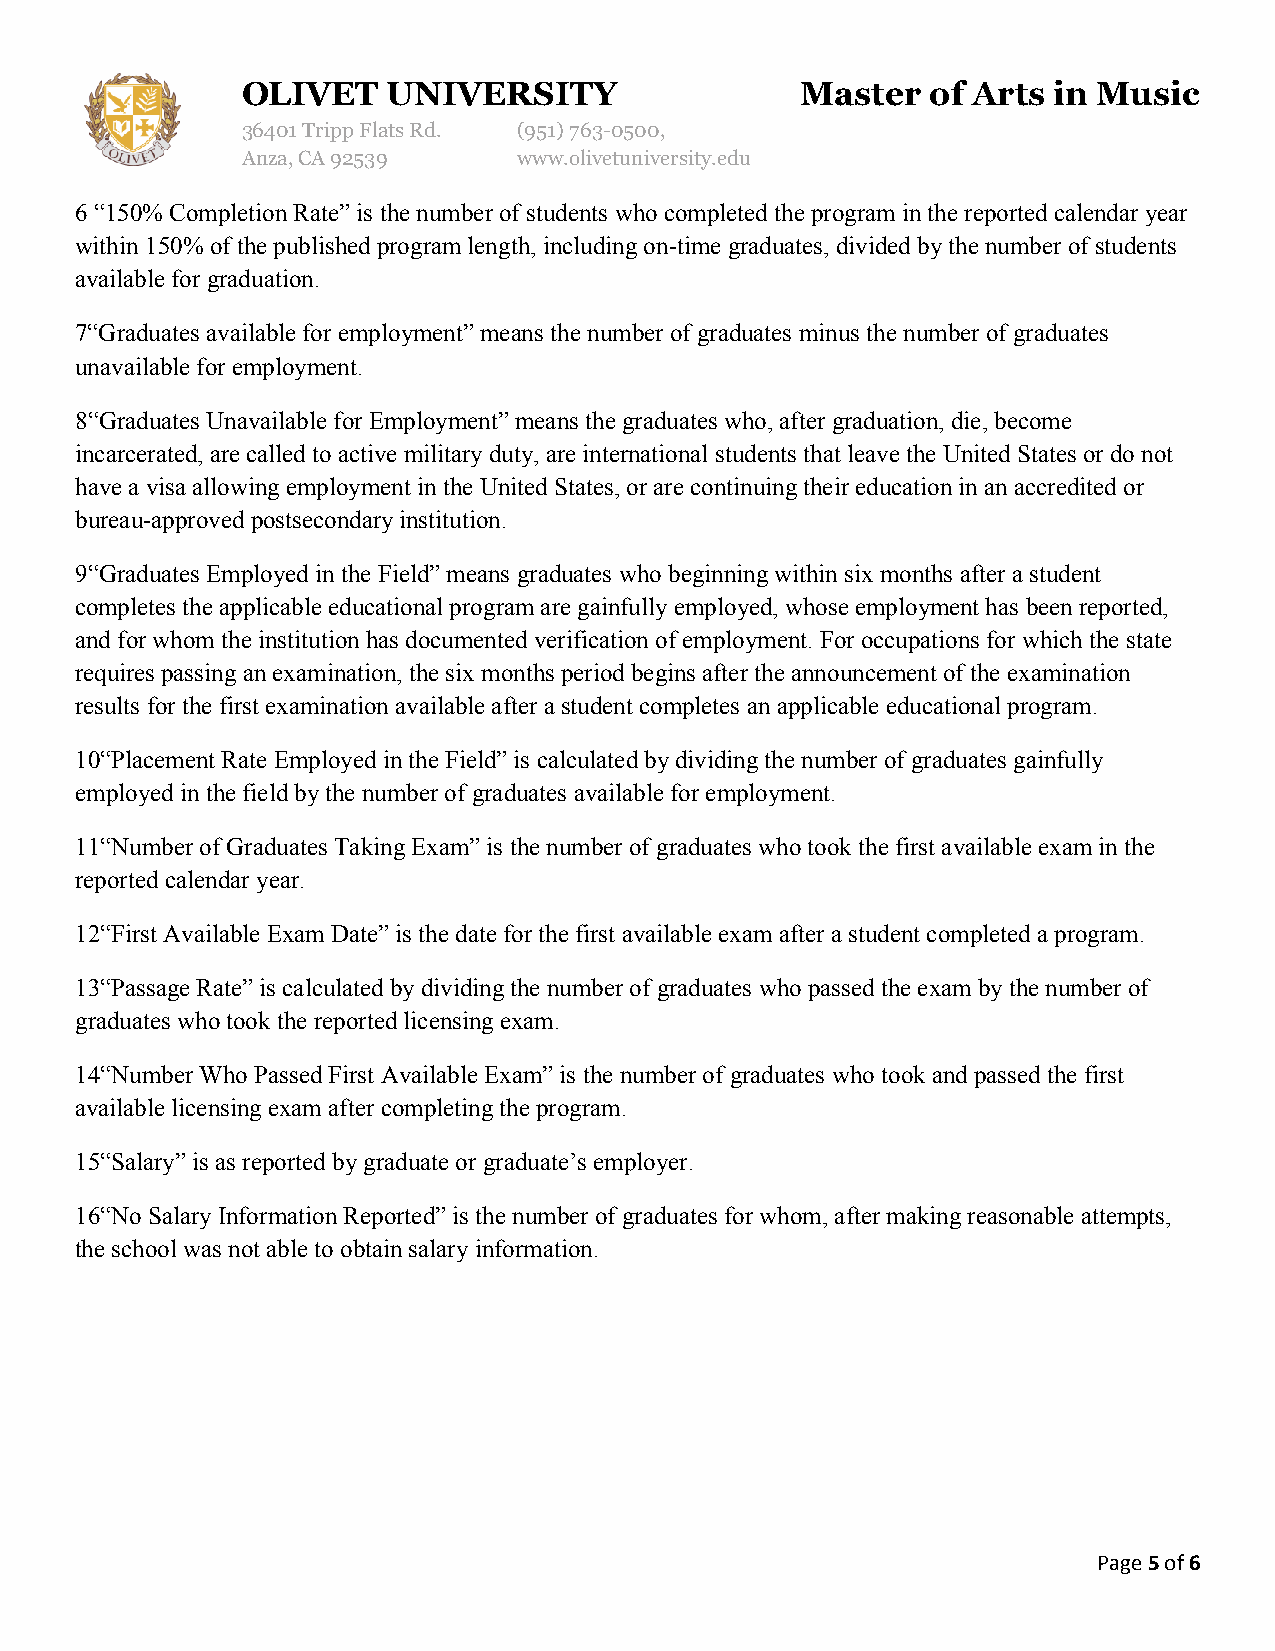
OLIVET    UNIVERSITY                 Master   of Arts in Music
 36401 Tripp Flats Rd. (951)763-0500,
 Anza, CA 92539    www.olivetuniversity.edu
 6 “150% Completion Rate” is the number of students who completed the program in the reported calendar year
 within 150% of the published program length, including on-time graduates, divided by the number of students
 available for graduation.
 7“Graduates available for employment” means the number of graduates minus the number of graduates
 unavailable for employment.
 8“Graduates Unavailable for Employment” means the graduates who, after graduation, die, become
 incarcerated, are called to active military duty, are international students that leave the United States or do not
 have a visa allowing employment in the United States, or are continuing their education in an accredited or
 bureau-approved postsecondary institution.
 9“Graduates Employed in the Field” means graduates who beginning within six months after a student
 completes the applicable educational program are gainfully employed, whose employment has been reported,
 and for whom the institution has documented verification of employment. For occupations for which the state
 requires passing an examination, the six months period begins after the announcement of the examination
 results for the first examination available after a student completes an applicable educational program.
 10“Placement Rate Employed in the Field” is calculated by dividing the number of graduates gainfully
 employed in the field by the number of graduates available for employment.
 11“Number of Graduates Taking Exam” is the number of graduates who took the first available exam in the
 reported calendar year.
 12“First Available Exam Date” is the date for the first available exam after a student completed a program.
 13“Passage Rate” is calculated by dividing the number of graduates who passed the exam by the number of
 graduates who took the reported licensing exam.
 14“Number Who Passed First Available Exam” is the number of graduates who took and passed the first
 available licensing exam after completing the program.
 15“Salary” is as reported by graduate or graduate’s employer.
 16“No Salary Information Reported” is the number of graduates for whom, after making reasonable attempts,
 the school was not able to obtain salary information.
 Page 5 of 6